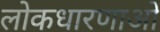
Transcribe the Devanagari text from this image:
लोकधारणाओं